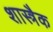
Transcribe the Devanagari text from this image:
शास्त्रैक